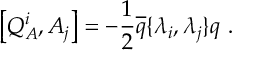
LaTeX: \left[ Q _ { A } ^ { i } , A _ { j } \right] = - \displaystyle \frac { 1 } { 2 } \overline { { { q } } } \{ \lambda _ { i } , \lambda _ { j } \} q ~ .